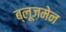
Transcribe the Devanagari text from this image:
ब्लूज़मेन